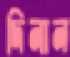
দিনান